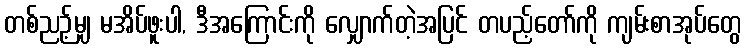
တစ်ညဉ့်မျှ မအိပ်ဖူးပါ, ဒီအကြောင်းကို လျှောက်တဲ့အပြင် တပည့်တော်ကို ကျမ်းစာအုပ်တွေ